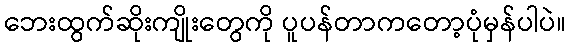
ဘေးထွက်ဆိုးကျိုးတွေကို ပူပန်တာကတော့ပုံမှန်ပါပဲ။